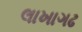
લાખાગઢ